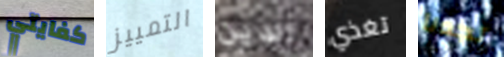
كفايتي التمييز الدين تغذي تجدنا